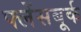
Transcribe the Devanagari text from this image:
फ्लेंसबूर्क